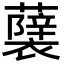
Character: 𮒵